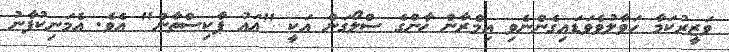
ވަޒީރުކަމާ ހަވާލުވެވަޑައިގެންނެވި އިމްރާން ޚާންގެ ސްލޯގަން އަކީ "އައު ޕާކިސްތާން" އެވެ. އެމަނިކުފާނު